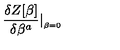
{ \frac { \delta Z [ \beta ] } { \delta \beta ^ { a } } } \vert _ { _ { \beta = 0 } } \,